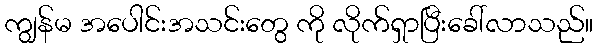
ကျွန်မ အပေါင်းအသင်းတွေ ကို လိုက်ရှာပြီးခေါ်လာသည်။